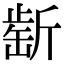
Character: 𣂶